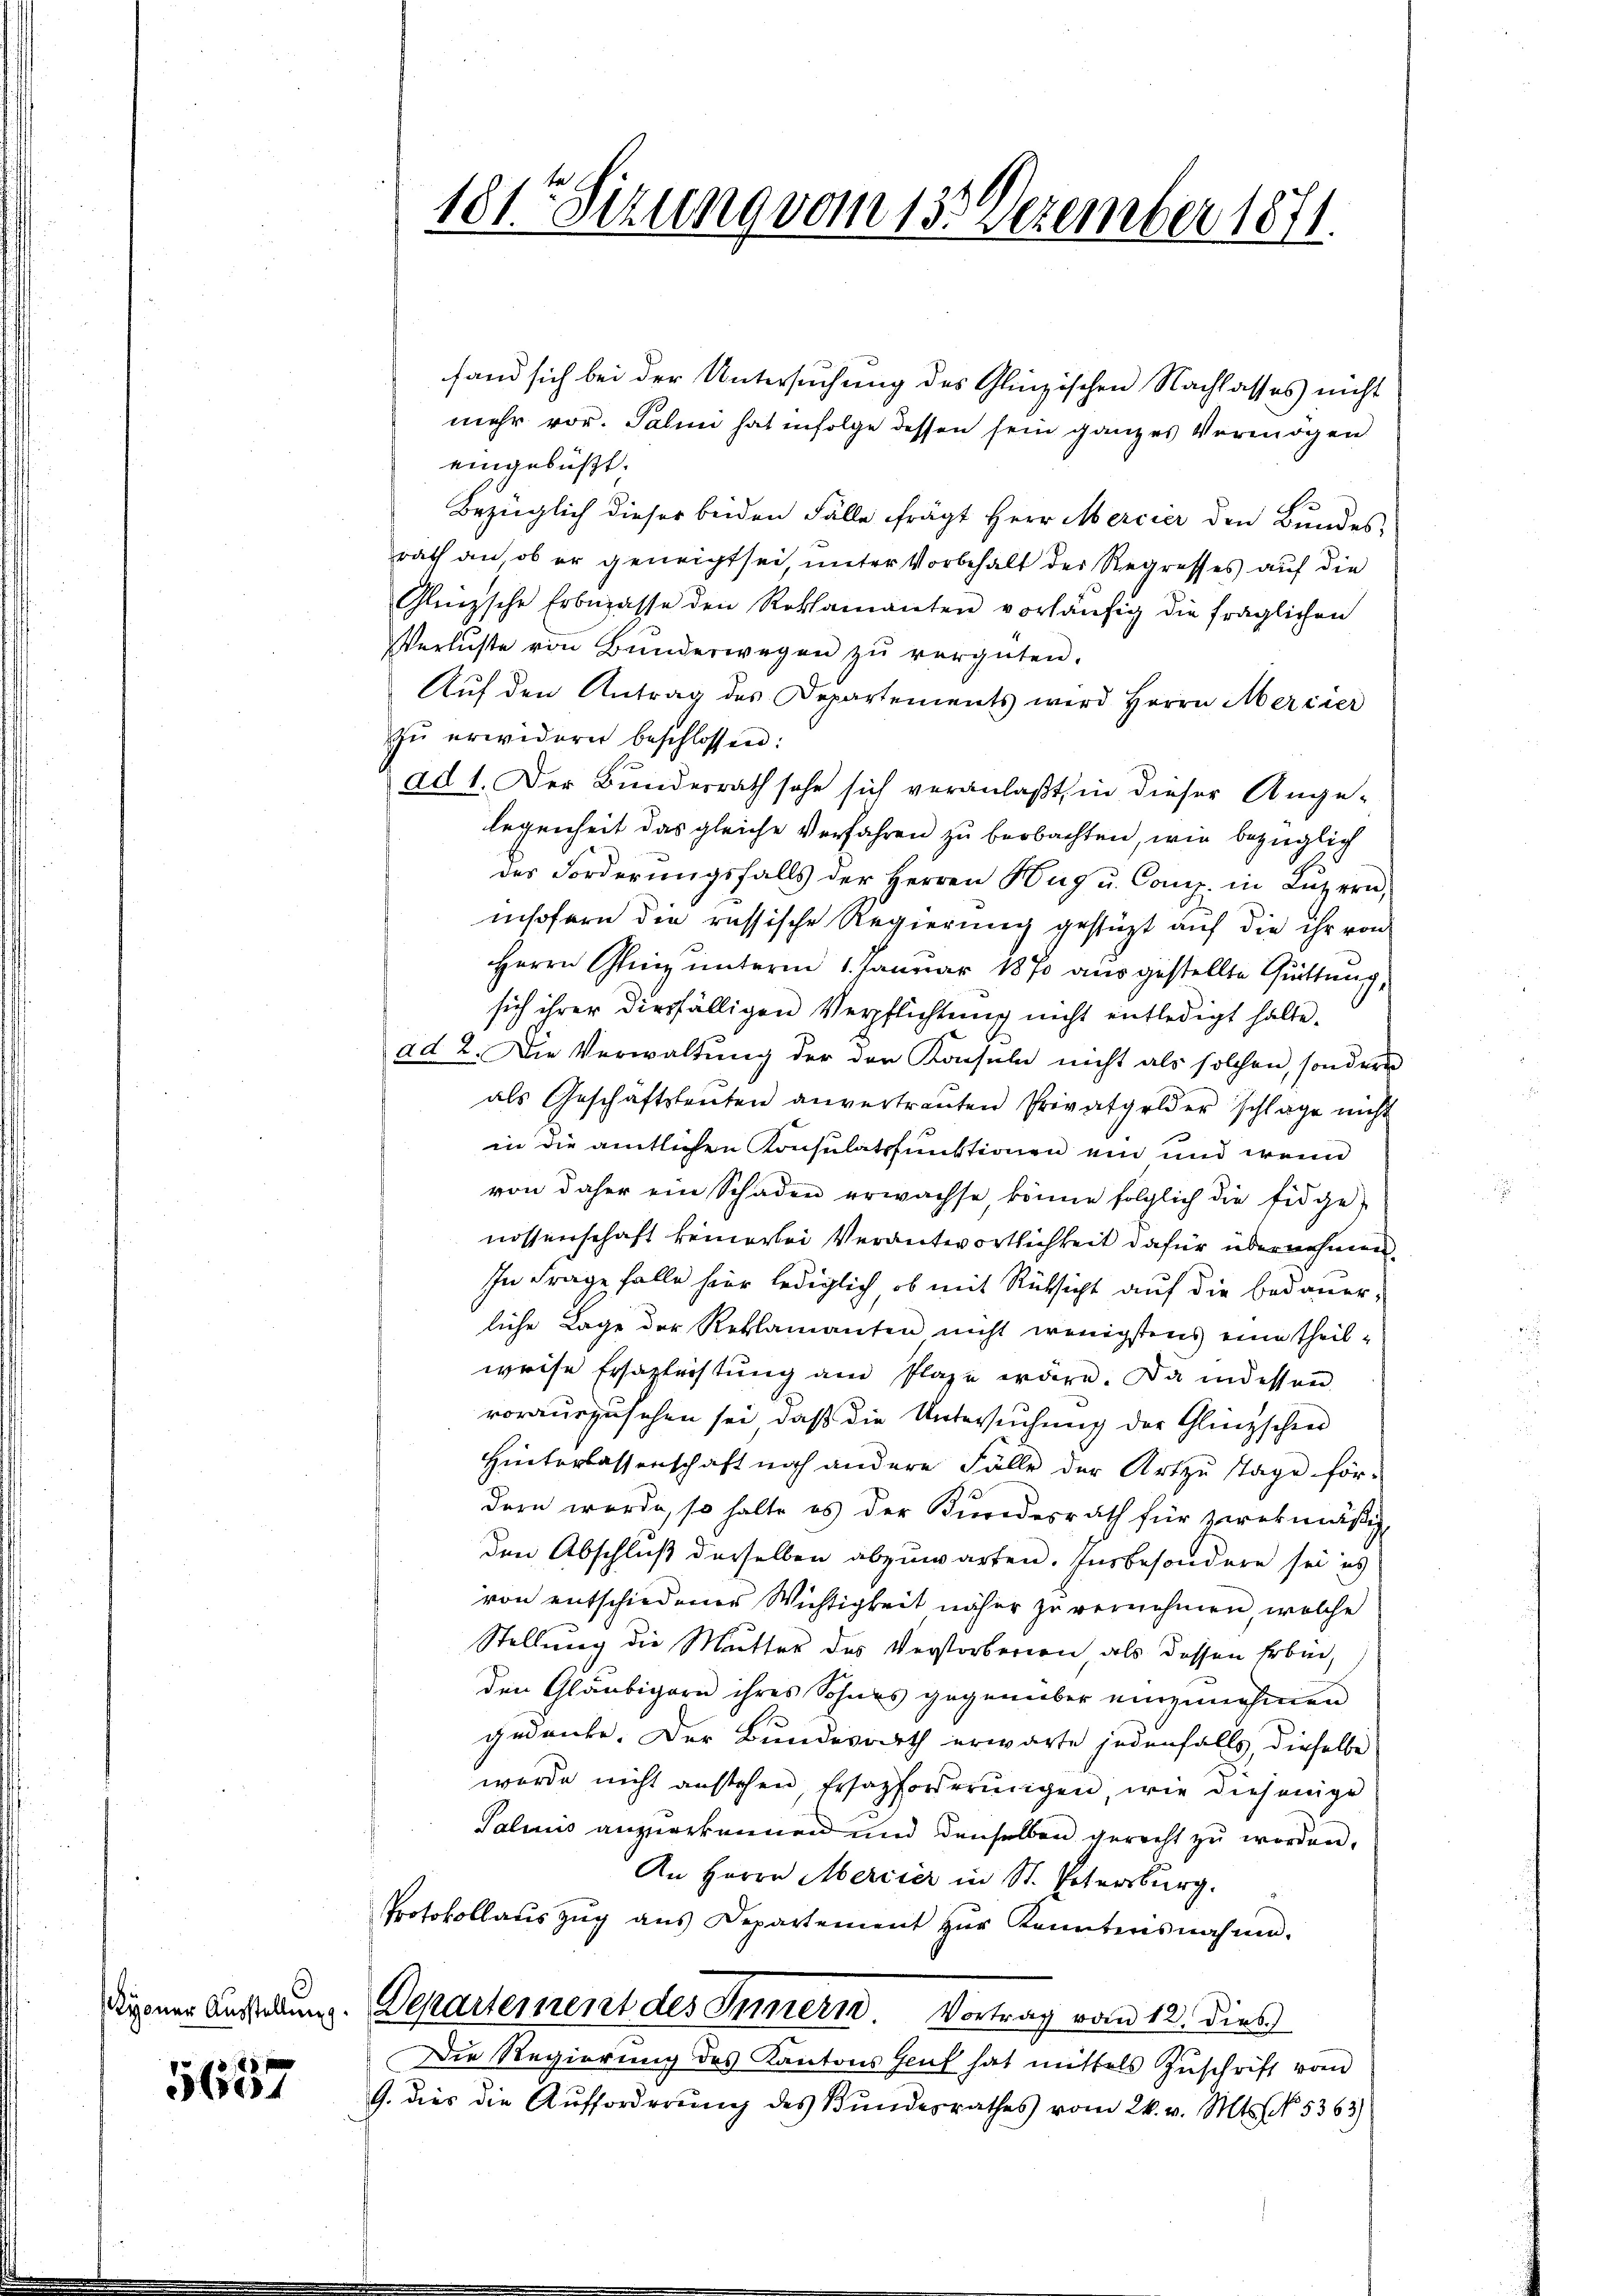
5657

181te Sitzung vom 133. Dezember 1871.

fand sich bei der Untersuchung des Glizischen Nachlasses nicht
mehr vor. Palini hat infolge dessen sein ganzes Vermögen
eingebüßt.
Bezüglich dieser beiden Fälle frägt Herr Mercier den Bundes
rath an, ob er geneigt sei, unter Vorbehalt der Regresses auf die
Gliizsche Erbnpasse den Reklamanten vorhäufig die fraglichen
Verluste von Bŭnderwegen zŭ vergüten.
Auf den Antrag des Departements wird Herrn Mercier
zŭ erwidern beschlossen:
ad 1. Der Bundesrath sehe sich veranlaßt, in dieser Ange-
legenheit das gleiche Verfahren zu beobachten, wie bezüglich
der Forderungsfalls der Herren Hug u. Comp. in Luzern,
insofern die russische Regierung gestüzt auf die ihr von
Herrn Glanz unterm 1. Januar 1870 aus gestellte Guittung,
sich ihrer diesfälligen Verpflichtung nicht entledigt hatte.
ad 2. Die Verwaltung der der Konsuln nicht als solchen, sondern
als Geschäftsleŭten anvertrauten Privatgelder schlage nicht
in die amtlichen Konsulatsfunktionen ein und wenn
von daher ein Schaden erwachse, könne folglich die Eidge-
nossenschaft keinerlei Verantwortlichkeit dafür übernehmen.
In Frage falle hier lediglich, ob mit Rücksicht auf die bedauer-
liche Lage der Reklamanten nicht wenigstens eine theilweise Ersazleistŭng am Plaze wäre. Da indessen
vorauszusehen sei, daß die Untersuchung der Glingschen
Hinterlassenschaft noch andere Fälle der Art zu Tage för-
dern werde, so halte es der Bundesrath für zwekmäßig
den Abschluß derselben abzuwarten. Insbesondere sei es
von entschiedenes Wichtigkeit näher zu vernehmen, welche
Stellung die Mutter des Verstorberien als dessen Erbin,
den Gläubigern ihres Sohnes gegenüber einzunehmen
gedanke. Der Bundesrath erwarte jedenfalls, dieselbe
wurde nicht anstehen, Ersazforderungen, wie diejenige
Palinis anzuerkennen und denselben gerecht zu worden.
An Herrn Mercier in St. Petersburg.
Protokollaŭszŭg aŭs Departement zŭr Kenntnisnahme.
digener Anstelung. Departement des Innern Vortrag vom 12. Dies
Die Regierung des Kantons Genf hat mittels Zŭschrift vom
G. dies die Aufforderung des Bundesrathes vom 24. v. Mts. No. 5363)